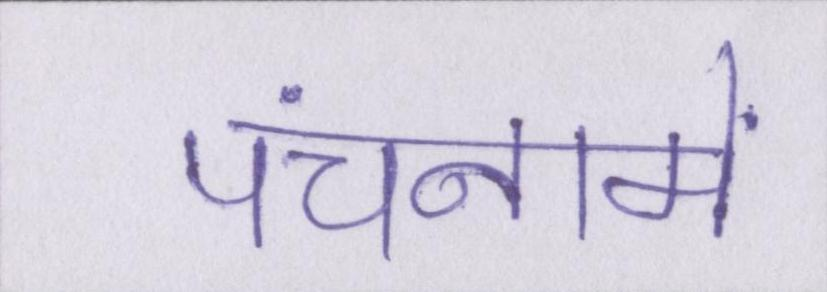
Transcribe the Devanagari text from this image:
पंचनामें